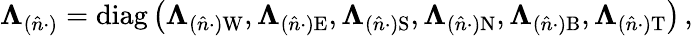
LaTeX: \mathbf\Lambda_{(\hat{n}\cdot)}=\operatorname{diag}\left(\mathbf\Lambda_{(\hat{n}\cdot)\mathrm{W}},\mathbf\Lambda_{(\hat{n}\cdot)\mathrm{E}},\mathbf\Lambda_{(\hat{n}\cdot)\mathrm{S}},\mathbf\Lambda_{(\hat{n}\cdot)\mathrm{N}},\mathbf\Lambda_{(\hat{n}\cdot)\mathrm{B}},\mathbf\Lambda_{(\hat{n}\cdot)\mathrm{T}}\right)\, ,